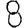
Digit: 8